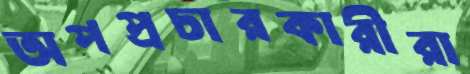
অপপ্রচারকারীরা